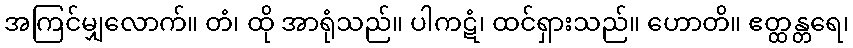
အကြင်မျှလောက်။ တံ၊ ထို အာရုံသည်။ ပါကဋံ၊ ထင်ရှားသည်။ ဟောတိ။ ဧတ္ထန္တရေ၊